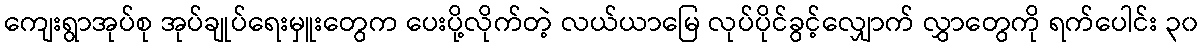
ကျေးရွာအုပ်စု အုပ်ချုပ်ရေးမှူးတွေက ပေးပို့လိုက်တဲ့ လယ်ယာမြေ လုပ်ပိုင်ခွင့်လျှောက် လွှာတွေကို ရက်ပေါင်း ၃၀